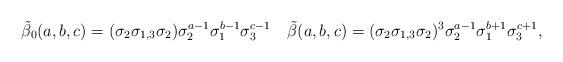
LaTeX: \begin{align*}\tilde\beta_0(a,b,c)=(\sigma_2\sigma_{1,3}\sigma_2) \sigma_2^{a-1}\sigma_1^{b-1}\sigma_3^{c-1}\quad\tilde\beta(a,b,c)=(\sigma_2\sigma_{1,3}\sigma_2)^3 \sigma_2^{a-1} \sigma_1^{b+1}\sigma_3^{c+1},\end{align*}